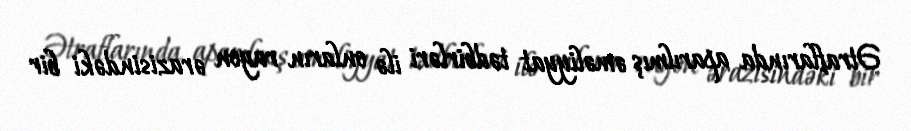
Ətraflarında aparılmış əməliyyat tədbirləri ilə onların rayon ərazisindəki bir